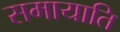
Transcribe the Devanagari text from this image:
समायाति